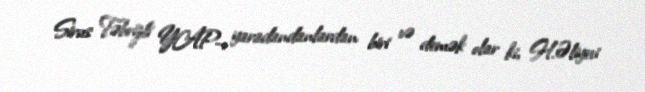
Sirus Təbrizli YAP-ı yaradandanlardan biri və demək olar ki, H.Əliyevi